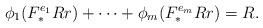
LaTeX: \begin{align*} \phi_1(F^{e_1}_* Rr) + \cdots + \phi_m(F^{e_m}_* Rr)=R.\end{align*}